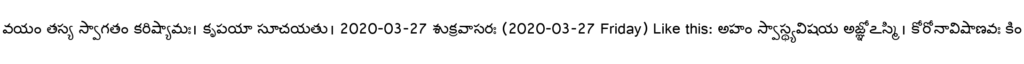
వయం తస్య స్వాగతం కరిష్యామః। కృపయా సూచయతు। 2020-03-27 శుక్రవాసరః (2020-03-27 Friday) Like this: అహం స్వాస్థ్యవిషయ అజ్ఞోఽస్మి। కోరోనావిషాణవః కిం